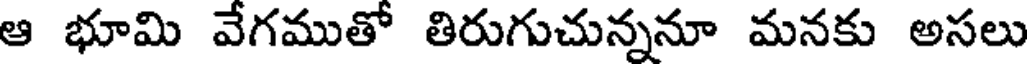
ఆ భూమి వేగముతో తిరుగుచున్ననూ మనకు అసలు